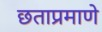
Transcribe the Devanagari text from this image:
छताप्रमाणे